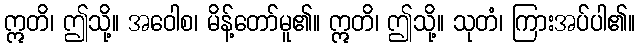
ဣတိ၊ ဤသို့။ အဝေါစ၊ မိန့်တော်မူ၏။ ဣတိ၊ ဤသို့။ သုတံ၊ ကြားအပ်ပါ၏။